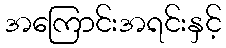
အကြောင်းအရင်းနှင့်